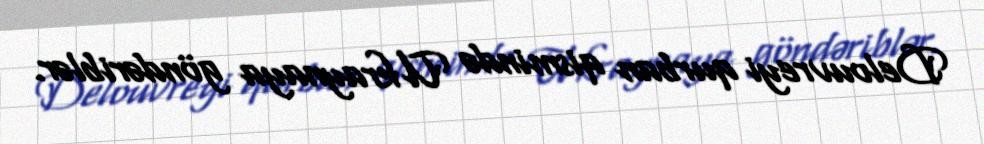
Delouvreyi qurban qismində Ukraynaya göndəriblər.